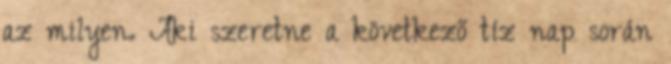
az milyen. Aki szeretne a következő tíz nap során